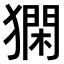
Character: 𤡦